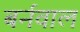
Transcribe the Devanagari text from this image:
बर्नवाल